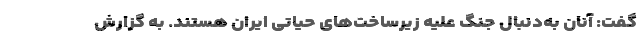
گفت: آنان به‌دنبال جنگ علیه زیرساخت‌های حیاتی ایران هستند. به گزارش